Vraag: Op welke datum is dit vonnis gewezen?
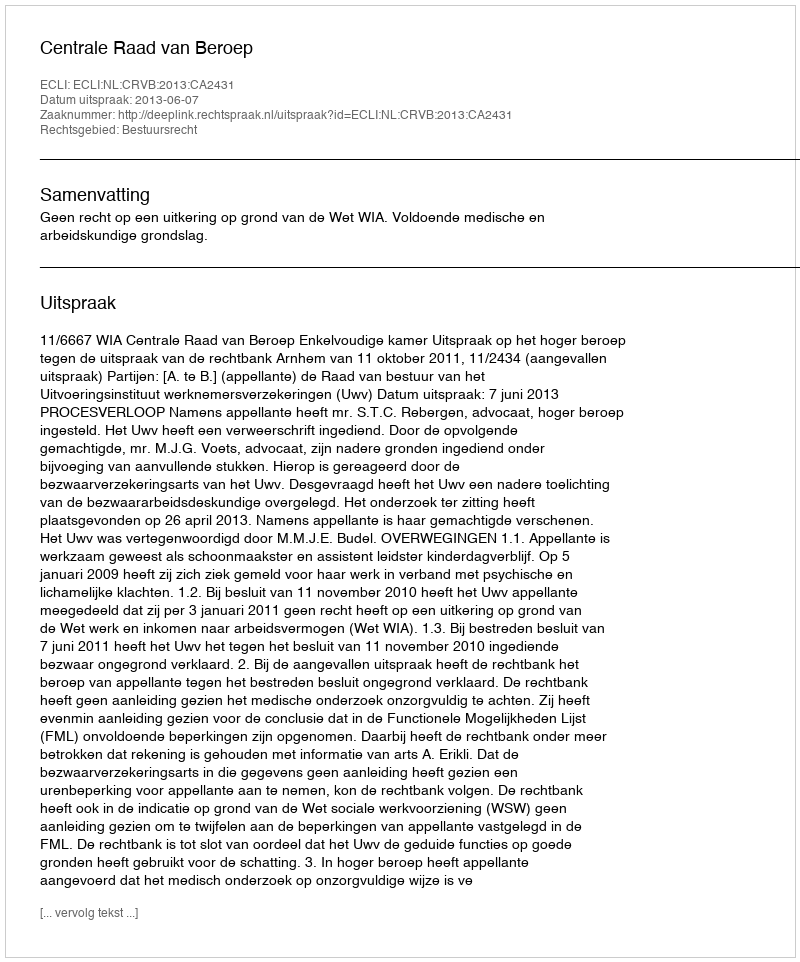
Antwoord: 2013-06-07